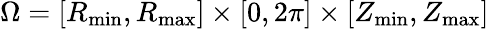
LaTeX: \Omega=[R_{\operatorname*{min}},R_{\operatorname*{max}}]\times[0,2\pi]\times[Z_{\operatorname*{min}},Z_{\operatorname*{max}}]